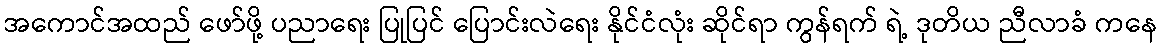
အကောင်အထည် ဖော်ဖို့ ပညာရေး ပြုပြင် ပြောင်းလဲရေး နိုင်ငံလုံး ဆိုင်ရာ ကွန်ရက် ရဲ့ ဒုတိယ ညီလာခံ ကနေ